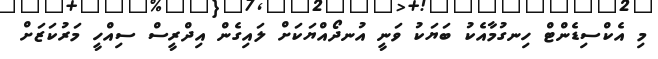
މި އެކްސިޑެންޓް ހިނގުމާއެކު ބަޔަކު ވަނީ އުނދޯއްޔަަކަށް ލައިގެން އިދްރީސް ސިއްހީ މަރުކަޒަށް